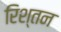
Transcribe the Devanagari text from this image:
रिश्तन